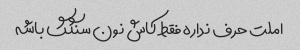
املت حرف نداره فقط کاش نون سنگگ باشه